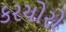
કરચોરો